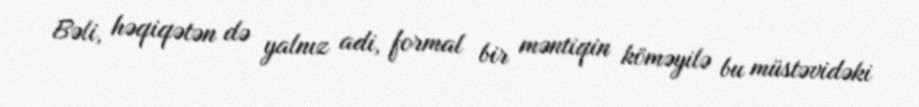
Bəli, həqiqətən də yalnız adi, formal bir məntiqin köməyilə bu müstəvidəki